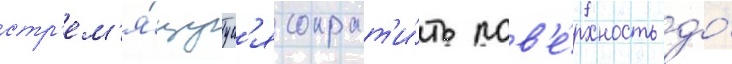
стр'ем'я́щуус'я сократ'и́ть пов'е́рхность до́